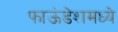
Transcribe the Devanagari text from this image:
फाऊंडेशमध्ये